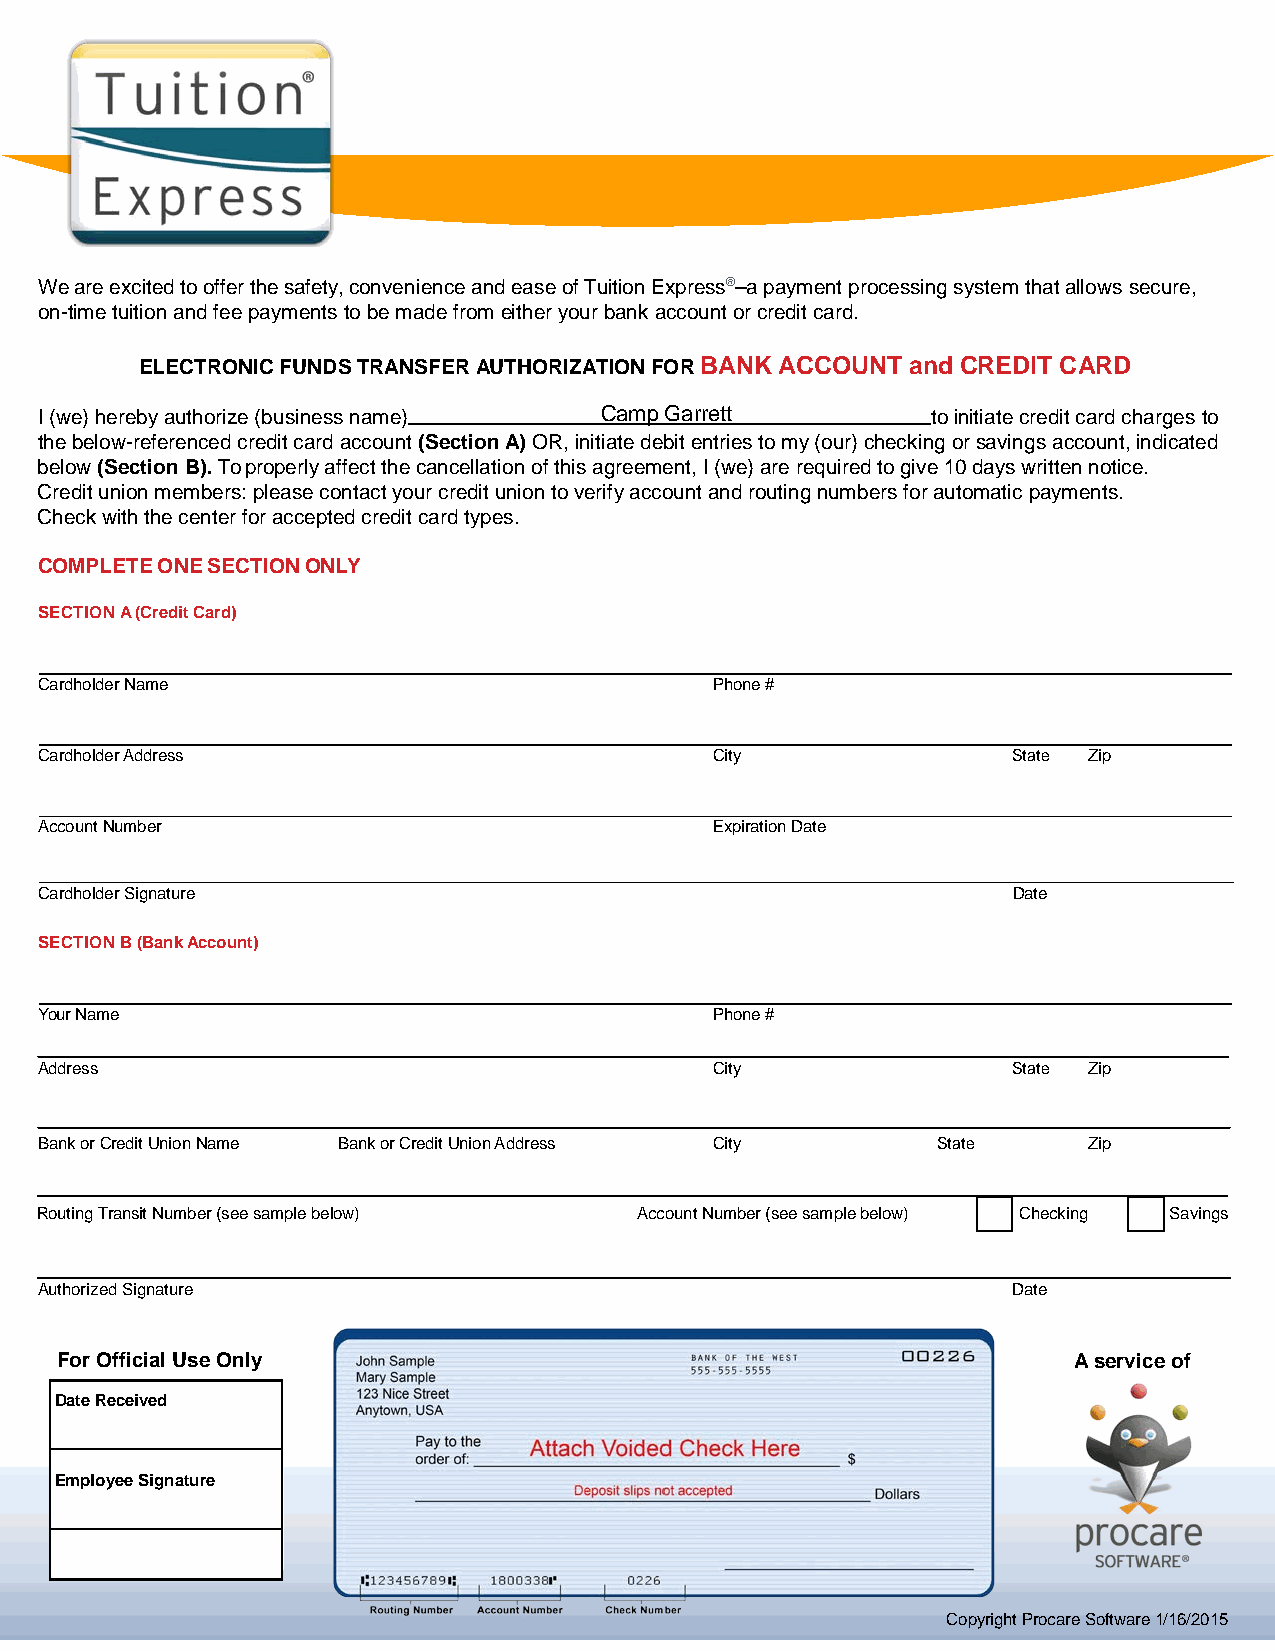
We are excited to offer the safety, convenience and ease of Tuition Express®–a payment processing system that allows secure,
 on-time tuition and fee payments to be made from either your bank account or credit card.
 ELECTRONIC FUNDS TRANSFER AUTHORIZATION FOR BANK ACCOUNT and CREDIT CARD
 I (we) hereby authorize (business name) Camp Garrett        to initiate credit card charges to
 the below-referenced credit card account (Section A) OR, initiate debit entries to my (our) checking or savings account, indicated
 below (Section B). To properly affect the cancellation of this agreement, I (we) are required to give 10 days written notice.
 Credit union members: please contact your credit union to verify account and routing numbers for automatic payments.
 Check with the center for accepted credit card types.
 COMPLETE ONE SECTION ONLY
 SECTION A (Credit Card)
 Cardholder Name                              Phone #
 Cardholder Address                           City                State Zip
 Account Number                               Expiration Date
 Cardholder Signature                                             Date
 SECTION B (Bank Account)
 Your Name                                    Phone #
 Address                                      City                State Zip
 Bank or Credit Union Name Bank or Credit Union Address City State     Zip
 Routing Transit Number (see sample below) Account Number (see sample below) Checking Savings
 Authorized Signature                                             Date
 For Official Use Only                                              A service of
 Date Received
 Employee Signature
 Copyright Procare Software 1/16/2015